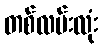
တစ်လမ်းလုံး